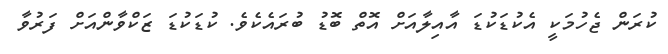
ކުރަން ޖެހުމަކީ އެކުޑަކުޑަ އާއިލާއަށް އޮތް ބޮޑު ބުރައެކެވެ. ކުޑަކުޑަ ޒަކްވާންއަށް ފަރުވާ